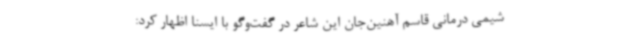
شیمی‌ درمانی قاسم آهنین‌جان این شاعر در گفت‌وگو با ایسنا اظهار کرد: